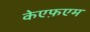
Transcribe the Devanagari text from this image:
केएफ़एम